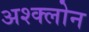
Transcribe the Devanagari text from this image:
अश्क्लोन